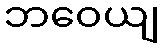
ဘဝေယျ